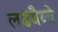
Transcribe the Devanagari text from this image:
लढवैय्ये